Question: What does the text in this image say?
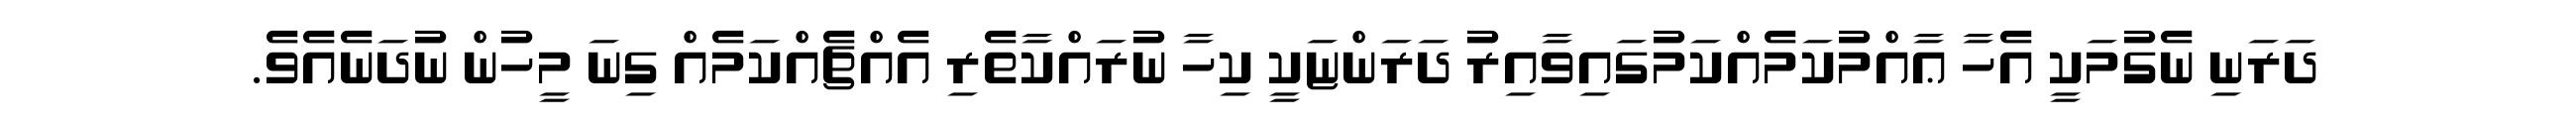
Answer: ދަރަނި ނެގުމަކީ އެހާ ޢާއްމުކަމެއްކަމުގައިވާއިރު ދަރަންޏަކީ ކިހާ ނުރައްކާތެރި އެއްޗެއްކަމެއް ގިނަ މީހުން ނުދަނެއެވެ.